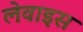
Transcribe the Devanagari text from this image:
लेवाइस